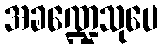
အခဏ္ဍေသုပေ